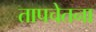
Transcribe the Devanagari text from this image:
तापचेतना